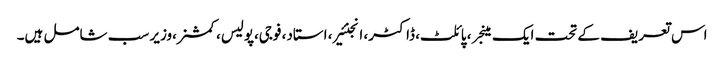
اس تعریف کے تحت ایک مینجر ، پائلٹ، ڈاکٹر، انجنئیر، استاد، فوجی،پولیس، کمشنر،وزیر سب شامل ہیں۔